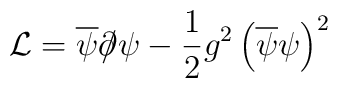
\mathcal{L}=\overline{\psi}\partial\hspace{-0.2cm}/\psi-\frac{1}{2}g^{2}\left(\overline{\psi}\psi\right)^{2}